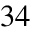
3 4